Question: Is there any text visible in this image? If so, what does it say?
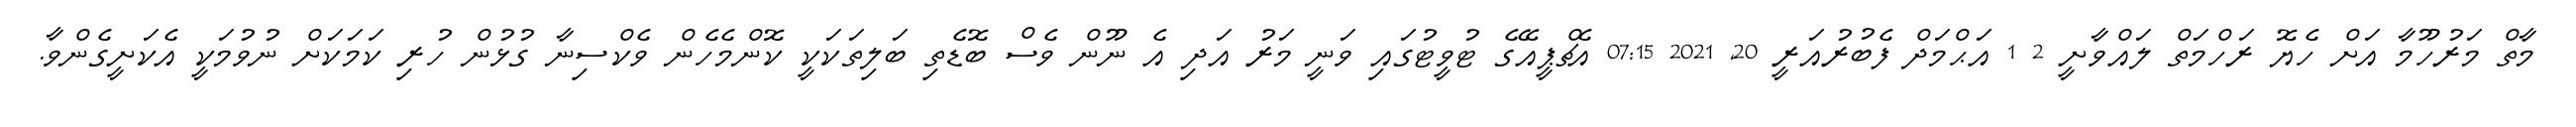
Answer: މާތް މަރުހޫމާ އަށް ހެޔޮ ރަހްމަތް ލައްވާށީ 2 1 އަޙްމަދް ފެބުރުއަރީ 20, 2021 07:15 އެޗްޕީއޭގެ ޓުވީޓުގައި ވަނީ މަރު އަދި އެ ނޫން ވެސް ބޮޑެތި ބަލިތަކަކީ ކޮންމެހެން ވެކްސިނާ ގުޅުން ހުރި ކަމަކަށް ނުވުމަކީ އެކަށީގެންވާ.